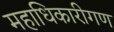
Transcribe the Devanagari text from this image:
महाधिकारीगण